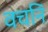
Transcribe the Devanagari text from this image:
वचनिं